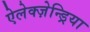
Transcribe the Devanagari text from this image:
ऐलेक्ज़ेन्ड्रिया